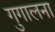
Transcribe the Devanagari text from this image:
गुगालना